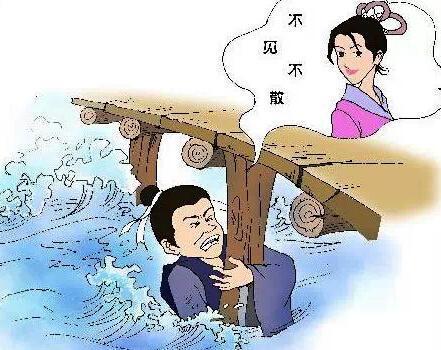
尾生与女子期于梁下，女子不来，水至不去，抱梁柱而死。